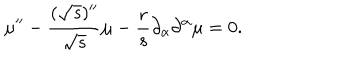
\mu ^ { \prime \prime } - \frac { ( { \sqrt { s } } ) ^ { \prime \prime } } { \sqrt { s } } \mu - \frac { r } { s } \partial _ { \alpha } \partial ^ { \alpha } \mu = 0 .